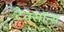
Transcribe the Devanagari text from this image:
टेक्सॉन्स